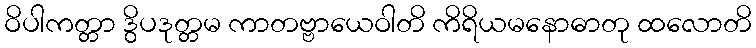
ဝိပါကတ္တာ ဒွိပဒုတ္တမ ကာတဗ္ဗာယေဝါတိ ကိရိယမနောဓာတု ထလောတိ